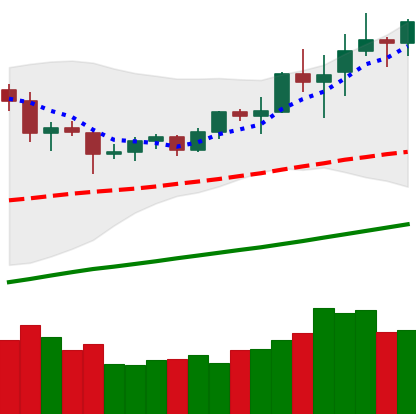
Ticker: TRX-USD
Chart end date: 2020-07-31
Forward return: 3.934%
Label: up_3_5